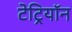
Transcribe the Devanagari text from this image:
टेट्रियॉन